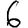
Digit: 6